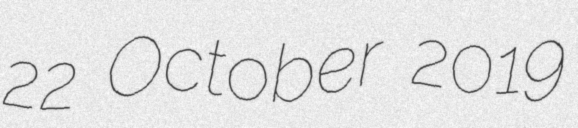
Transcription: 22 October 2019